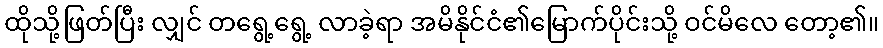
ထိုသို့ဖြတ်ပြီး လျှင် တရွေ့ရွေ့ လာခဲ့ရာ အမိနိုင်ငံ၏မြောက်ပိုင်းသို့ ဝင်မိလေ တော့၏။